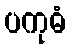
ပကုဓံ